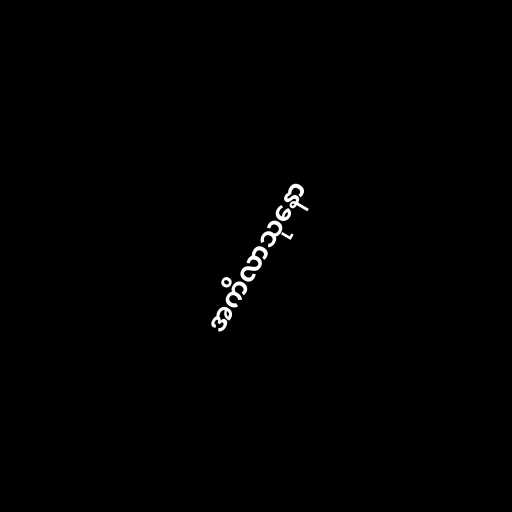
အကိလာသုနော